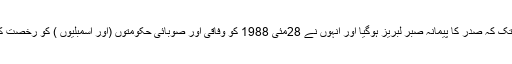
یہاں تک کہ صدر کا پیمانہ صبر لبریز ہوگیا اور اُنہوں نے 28مئی 1988 کو وفاقی اور صوبائی حکومتوں (اور اسمبلیوں ) کو رُخصت کردیا۔